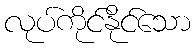
လုပ်ကိုင်နိုင်သော